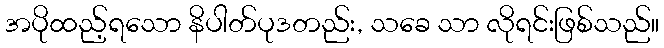
အပိုထည့်ရသော နိပါတ်ပုဒတည်း, သခေ သာ လိုရင်းဖြစ်သည်။